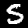
Digit: 5